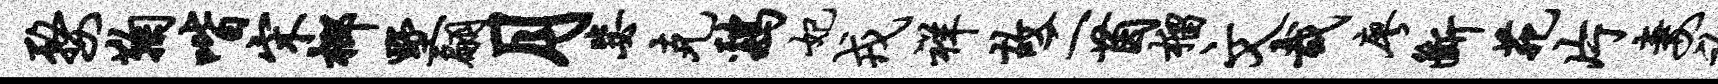
婺鞠喈宋榔墅翩月毖克鸡妃戎祥故二茵榴文哉廖断苑片妻袍